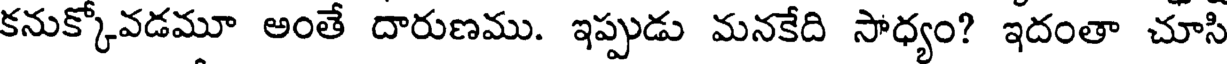
కనుక్కోవడమూ అంతే దారుణము. ఇప్పుడు మనకేది సాధ్యం? ఇదంతా చూసి